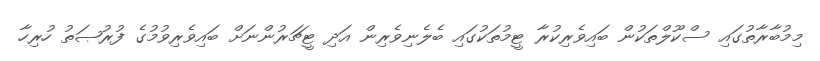
މިމުބާރާތުގަައި ސްކޫލްތަކުން ބައިވެރިކުރާ ޓީމުތަކުގައި ބެލެނިވެރިން އަދި ޓީޗަރުންނަށް ބައިވެރިވުމުގެ ފުރުޞަތު ހުރިހާ